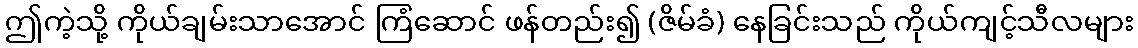
ဤကဲ့သို့ ကိုယ်ချမ်းသာအောင် ကြံဆောင် ဖန်တည်း၍ (ဇိမ်ခံ) နေခြင်းသည် ကိုယ်ကျင့်သီလများ